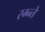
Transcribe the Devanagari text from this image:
रम्न्ते